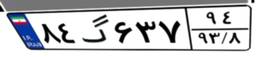
۸۴گ۶۳۷۹۴